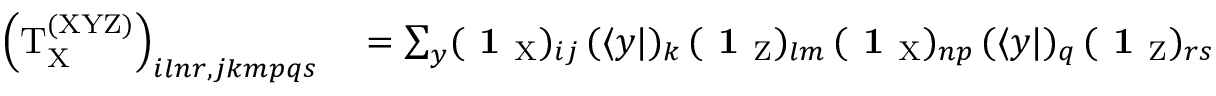
\begin{array} { r l } { \left( \mathrm { T } _ { \mathrm { X } } ^ { \mathrm { ( X Y Z ) } } \right) _ { i l n r , j k m p q s } } & { { } = \sum _ { y } ( \textbf { 1 } _ { \mathrm { X } } ) _ { i j } \, ( \langle y | ) _ { k } \, ( \textbf { 1 } _ { \mathrm { Z } } ) _ { l m } \, ( \textbf { 1 } _ { \mathrm { X } } ) _ { n p } \, ( \langle y | ) _ { q } \, ( \textbf { 1 } _ { \mathrm { Z } } ) _ { r s } } \end{array}